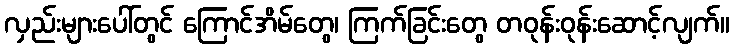
လှည်းများပေါ်တွင် ကြောင်အိမ်တွေ၊ ကြက်ခြင်းတွေ တဝုန်းဝုန်းဆောင့်လျက်။